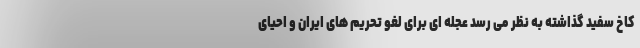
کاخ سفید گذاشته به نظر می رسد عجله ای برای لغو تحریم های ایران و احیای